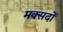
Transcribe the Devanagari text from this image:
मक्सदों